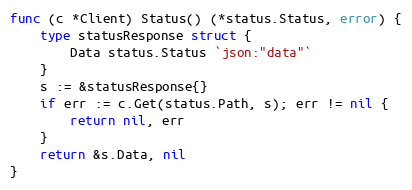
Language: Go
func (c *Client) Status() (*status.Status, error) {
	type statusResponse struct {
		Data status.Status `json:"data"`
	}
	s := &statusResponse{}
	if err := c.Get(status.Path, s); err != nil {
		return nil, err
	}
	return &s.Data, nil
}